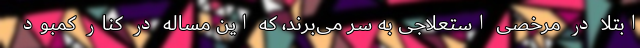
ابتلا در مرخصی استعلاجی به سر می‌برند، که این مساله در کنار کمبود